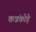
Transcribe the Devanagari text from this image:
कन्नंकोड़े